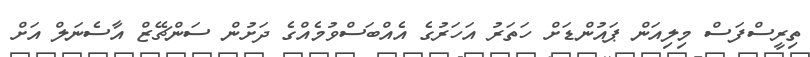
ތިރީސްފަސް މިލިއަން ޕައުންޑަށް ހަތަރު އަހަރުގެ އެއްބަސްވުމެއްގެ ދަށުން ސަންޗޭޒް އާސެނަލް އަށް